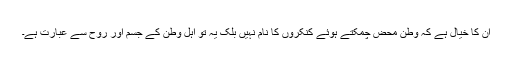
ان کا خیال ہے کہ وطن محض چمکتے ہوئے کنکروں کا نام نہیں بلک یہ تو اہل وطن کے جسم اور روح سے عبارت ہے۔